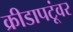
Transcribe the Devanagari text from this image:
क्रीडापटूंवर